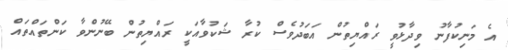
އެ މަނިކުފާނު ވިދާޅުވީ ރައްޔިތުން އަބަދުވެސް ކުރާ ޝަކުވާއަކީ ރައްޔިތުން ބޭނުންވާ ކަންތައްތައް